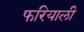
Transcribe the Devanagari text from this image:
फरियाली